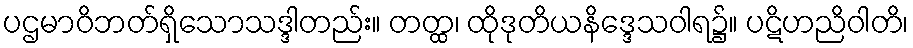
ပဌမာဝိဘတ်ရှိသောသဒ္ဒါတည်း။ တတ္ထ၊ ထိုဒုတိယနိဒ္ဒေသဝါရ၌။ ပဋိဟညိဝါတိ၊